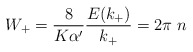
\begin{align*}W_+=\frac{8}{K\alpha'}\frac{E(k_+)}{k_+}=2\pi\;n\end{align*}